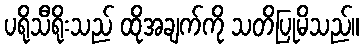
ပရိုသီရိုးသည် ထိုအချက်ကို သတိပြုမိသည်။